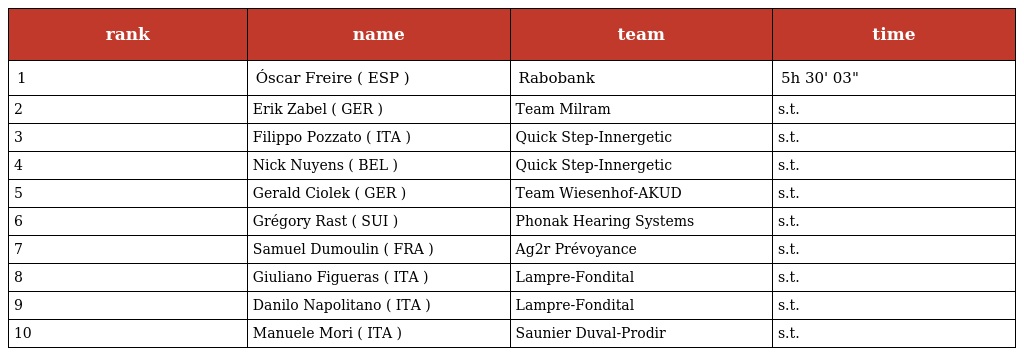
| rank | name | team | time |
 | --- | --- | --- | --- |
 | 1 | Óscar Freire ( ESP ) | Rabobank | 5h 30' 03" |
 | 2 | Erik Zabel ( GER ) | Team Milram | s.t. |
 | 3 | Filippo Pozzato ( ITA ) | Quick Step-Innergetic | s.t. |
 | 4 | Nick Nuyens ( BEL ) | Quick Step-Innergetic | s.t. |
 | 5 | Gerald Ciolek ( GER ) | Team Wiesenhof-AKUD | s.t. |
 | 6 | Grégory Rast ( SUI ) | Phonak Hearing Systems | s.t. |
 | 7 | Samuel Dumoulin ( FRA ) | Ag2r Prévoyance | s.t. |
 | 8 | Giuliano Figueras ( ITA ) | Lampre-Fondital | s.t. |
 | 9 | Danilo Napolitano ( ITA ) | Lampre-Fondital | s.t. |
 | 10 | Manuele Mori ( ITA ) | Saunier Duval-Prodir | s.t. |